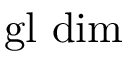
\operatorname { g l } \, \dim